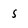
Character: 5